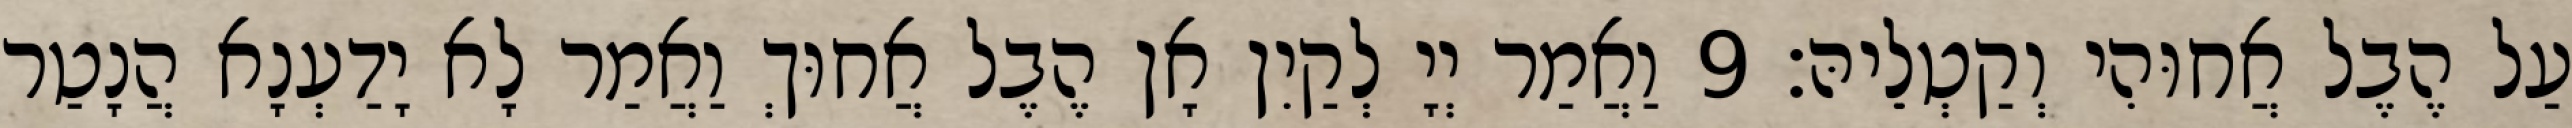
עַל הֶבֶל אֲחוּהִי וְקַטְלֵיהּ׃ 9 וַאֲמַר יְיָ לְקַיִן אָן הֶבֶל אֲחוּךְ וַאֲמַר לָא יָדַעְנָא הֲנָטַר